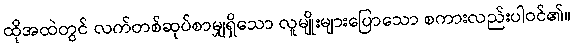
ထိုအထဲတွင် လက်တစ်ဆုပ်စာမျှရှိသော လူမျိုးများပြောသော စကားလည်းပါဝင်၏။